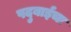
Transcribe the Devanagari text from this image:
पदुबाईचा